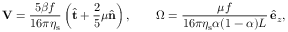
\mathbf { V } = \frac { 5 \beta f } { 1 6 \pi \eta _ { \mathrm { s } } } \left( \hat { \mathbf { t } } + \frac { 2 } { 5 } \mu \hat { \mathbf { n } } \right) , \qquad \boldsymbol { \Omega } = \frac { \mu f } { 1 6 \pi \eta _ { \mathrm { s } } \alpha ( 1 - \alpha ) L } \, \hat { \mathbf { e } } _ { z } ,